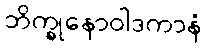
ဘိက္ခုနောဝါဒကာနံ